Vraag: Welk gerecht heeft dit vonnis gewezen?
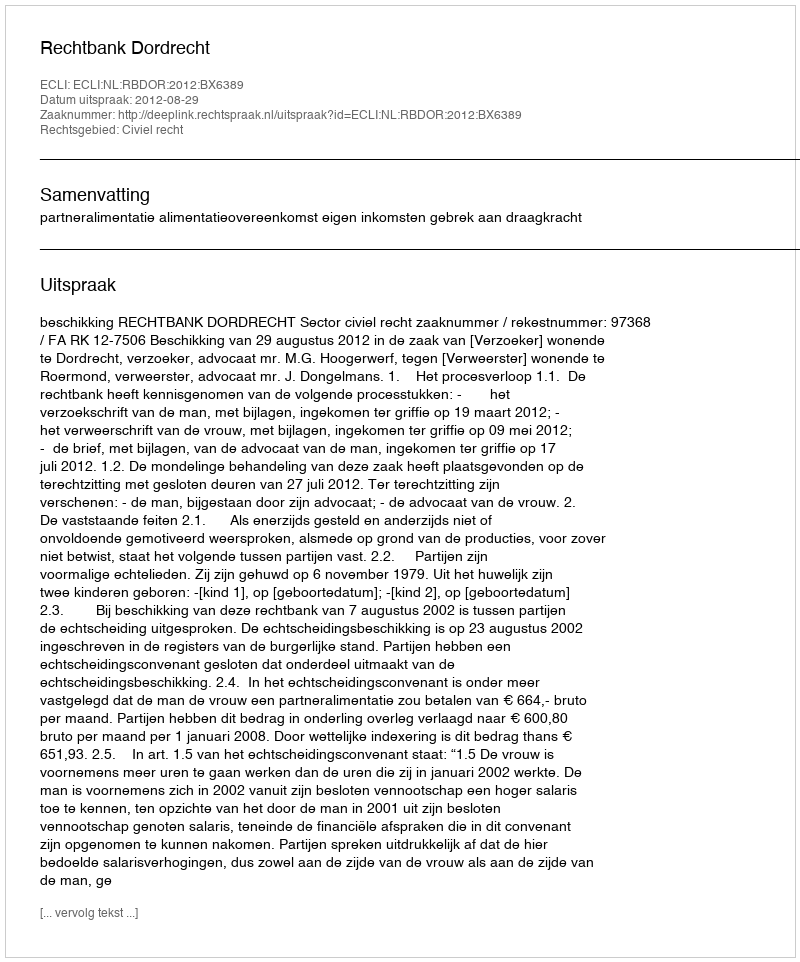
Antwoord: Rechtbank Dordrecht